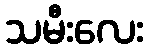
သမီးလေး